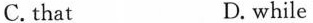
C. that D. while